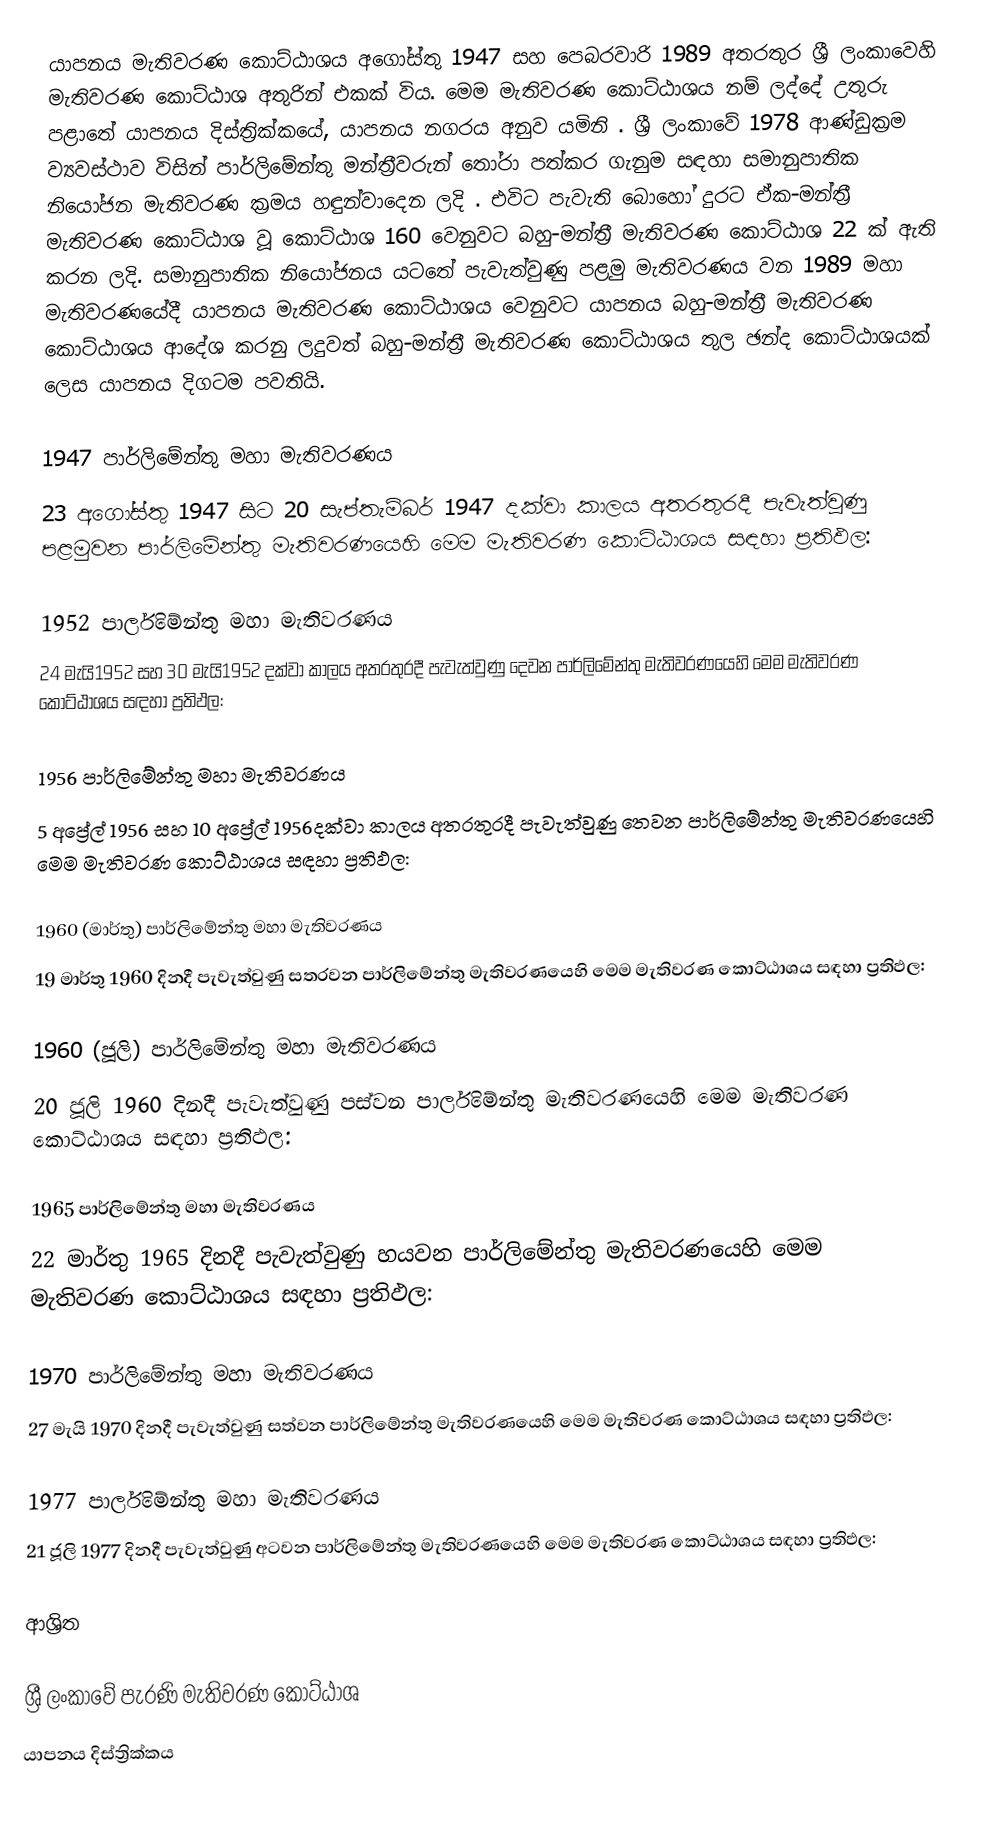
යාපනය මැතිවරණ කොට්ඨාශය  අගෝස්තු 1947 සහ පෙබරවාරි 1989 අතරතුර  ශ්‍රී ලංකාවෙහි  මැතිවරණ කොට්ඨාශ අතුරින් එකක් විය. මෙම මැතිවරණ කොට්ඨාශය නම් ලද්දේ  උතුරු පළාතේ  යාපනය දිස්ත්‍රික්කයේ,  යාපනය නගරය අනුව යමිනි . ශ්‍රී ලංකාවේ 1978 ආණ්ඩුක්‍රම ව්‍යවස්ථාව විසින්   පාර්ලිමේන්තු මන්ත්‍රීවරුන් තෝරා පත්කර ගැනුම සඳහා සමානුපාතික නියෝජන මැතිවරණ ක්‍රමය හඳුන්වාදෙන ලදි . එවිට පැවැති බොහෝ දුරට  ඒක-මන්ත්‍රී මැතිවරණ කොට්ඨාශ වූ කොට්ඨාශ 160 වෙනුවට බහු-මන්ත්‍රී මැතිවරණ කොට්ඨාශ 22 ක් ඇති කරන ලදි. සමානුපාතික නියෝජනය යටතේ පැවැත්වුණු  පළමු මැතිවරණය වන 1989 මහා මැතිවරණයේදී  යාපනය මැතිවරණ කොට්ඨාශය වෙනුවට  යාපනය බහු-මන්ත්‍රී මැතිවරණ කොට්ඨාශය  ආදේශ කරනු ලදුවත් බහු-මන්ත්‍රී මැතිවරණ කොට්ඨාශය තුල ඡන්ද කොට්ඨාශයක් ලෙස යාපනය දිගටම පවතියි.

1947 පාර්ලිමේන්තු මහා මැතිවරණය
23 අගෝස්තු 1947 සිට 20 සැප්තැම්බර් 1947 දක්වා කාලය අතරතුරදී පැවැත්වුණු   පළමුවන පාර්ලිමේන්තු මැතිවරණයෙහි මෙම මැතිවරණ කොට්ඨාශය සඳහා ප්‍රතිඵල:

1952 පාර්ලිමේන්තු මහා මැතිවරණය
24 මැයි1952 සහ 30 මැයි1952 දක්වා කාලය අතරතුරදී පැවැත්වුණු   දෙවන පාර්ලිමේන්තු මැතිවරණයෙහි මෙම මැතිවරණ කොට්ඨාශය සඳහා ප්‍රතිඵල:

1956 පාර්ලිමේන්තු මහා මැතිවරණය
5 අප්‍රේල් 1956 සහ 10 අප්‍රේල් 1956දක්වා කාලය අතරතුරදී පැවැත්වුණු   තෙවන පාර්ලිමේන්තු මැතිවරණයෙහි මෙම මැතිවරණ කොට්ඨාශය සඳහා ප්‍රතිඵල:

1960 (මාර්තු) පාර්ලිමේන්තු මහා මැතිවරණය
19 මාර්තු 1960 දිනදී පැවැත්වුණු   සතරවන පාර්ලිමේන්තු මැතිවරණයෙහි මෙම මැතිවරණ කොට්ඨාශය සඳහා ප්‍රතිඵල:

1960 (ජූලි) පාර්ලිමේන්තු මහා මැතිවරණය
20 ජූලි 1960 දිනදී පැවැත්වුණු   පස්වන පාර්ලිමේන්තු මැතිවරණයෙහි මෙම මැතිවරණ කොට්ඨාශය සඳහා ප්‍රතිඵල:

1965 පාර්ලිමේන්තු මහා මැතිවරණය
22 මාර්තු 1965  දිනදී පැවැත්වුණු   හයවන පාර්ලිමේන්තු මැතිවරණයෙහි මෙම මැතිවරණ කොට්ඨාශය සඳහා ප්‍රතිඵල:

1970 පාර්ලිමේන්තු මහා මැතිවරණය
27 මැයි 1970 දිනදී පැවැත්වුණු   සත්වන පාර්ලිමේන්තු මැතිවරණයෙහි මෙම මැතිවරණ කොට්ඨාශය සඳහා ප්‍රතිඵල:

1977 පාර්ලිමේන්තු මහා මැතිවරණය
21 ජූලි 1977 දිනදී පැවැත්වුණු   අටවන පාර්ලිමේන්තු මැතිවරණයෙහි මෙම මැතිවරණ කොට්ඨාශය සඳහා ප්‍රතිඵල:

ආශ්‍රිත

ශ්‍රී ලංකාවේ පැරණි මැතිවරණ කොට්ඨාශ
යාපනය දිස්ත්‍රික්කය